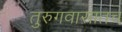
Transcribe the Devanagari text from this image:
तुरुगवासातच